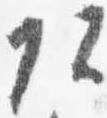
頭